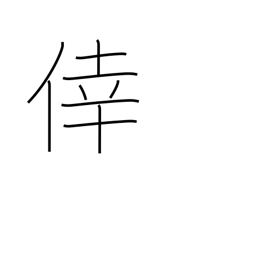
Meaning: happiness